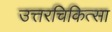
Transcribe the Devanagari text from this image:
उत्तरचिकित्सा